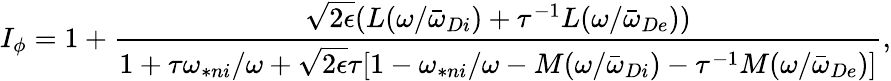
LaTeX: I_{\phi}=1+\frac{\sqrt{2\epsilon}(L(\omega/{\bar{\omega}}_{Di})+\tau^{-1}L(\omega/{\bar{\omega}}_{De}))}{1+\tau\omega_{\ast ni}/\omega+\sqrt{2\epsilon}\tau[1-\omega_{\ast ni}/\omega-M(\omega/{\bar{\omega}}_{Di})-\tau^{-1}M(\omega/{\bar{\omega}}_{De})]},